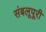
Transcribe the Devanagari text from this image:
संबलूपूरी